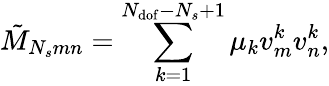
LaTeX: \tilde{M}_{N_{s}mn}=\sum_{k=1}^{N_{\mathrm{dof}}-N_{s}+1}{\mu_{k}v_{m}^{k}v_{n}^{k}},